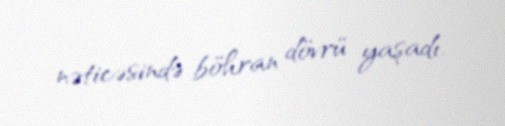
nəticəsində böhran dövrü yaşadı.